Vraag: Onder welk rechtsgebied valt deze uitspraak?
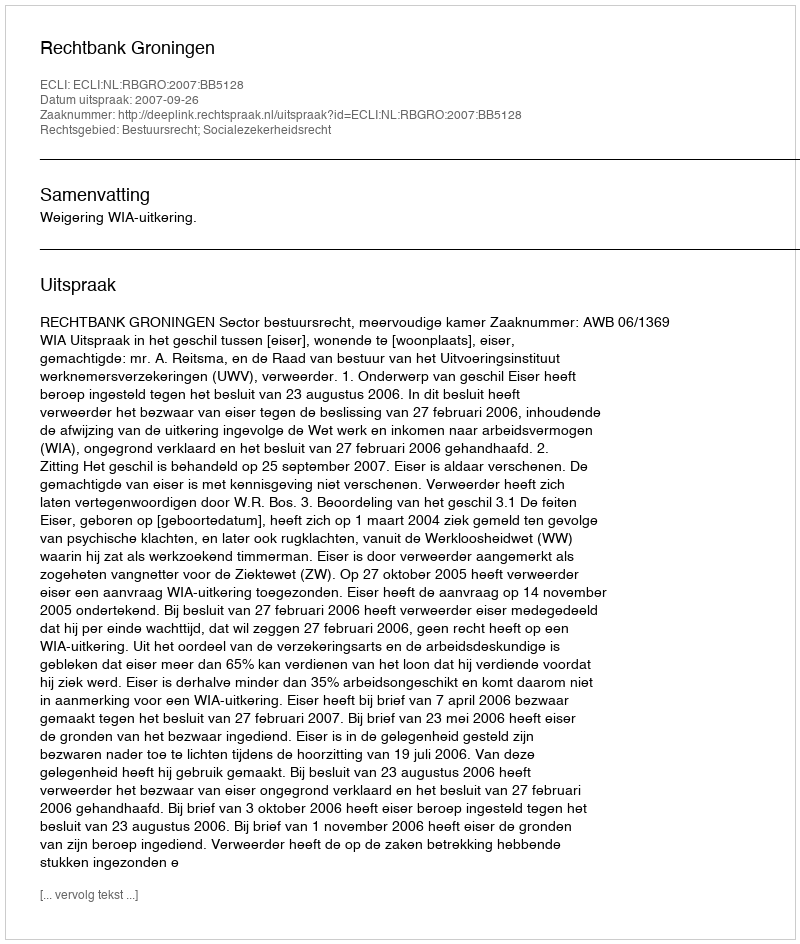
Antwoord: Bestuursrecht; Socialezekerheidsrecht